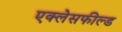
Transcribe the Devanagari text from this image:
एक्लेसफील्ड